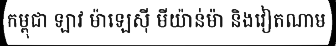
កម្ពុជា ឡាវ ម៉ាឡេស៊ី មីយ៉ាន់ម៉ា និងវៀតណាម